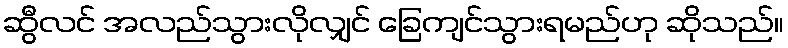
ဆွီလင် အလည်သွားလိုလျှင် ခြေကျင်သွားရမည်ဟု ဆိုသည်။